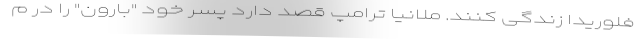
فلوریدا زندگی کنند. ملانیا ترامپ قصد دارد پسر خود "بارون" را در م